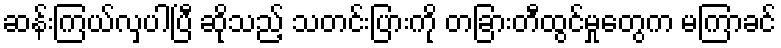
ဆန်းကြယ်လှပါပြီ ဆိုသည့် သတင်းပြားကို တခြားတီထွင်မှုတွေက မကြာခင်